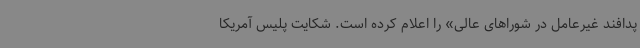
پدافند غیرعامل در شوراهای عالی» را اعلام کرده است. شکایت پلیس آمریکا